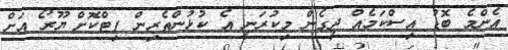
އެންމެ ބޮޑު އިސްކަމެއް ދީގެން މިކުރަނީ އެ ކުޅުންތެރިން ފިޓްކޮށް ޔޫރޯ އަށް